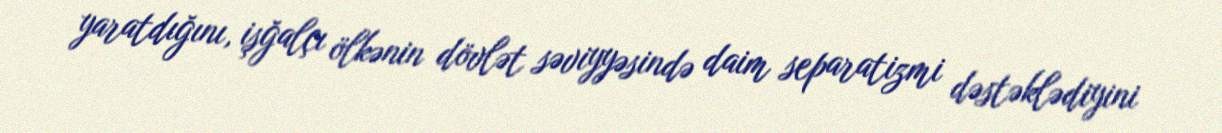
yaratdığını, işğalçı ölkənin dövlət səviyyəsində daim separatizmi dəstəklədiyini